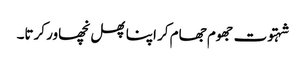
شہتوت جھوم جھام کر اپنا پھل نچھاور کرتا۔